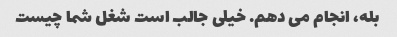
بله، انجام می دهم. خیلی جالب است شغل شما چیست